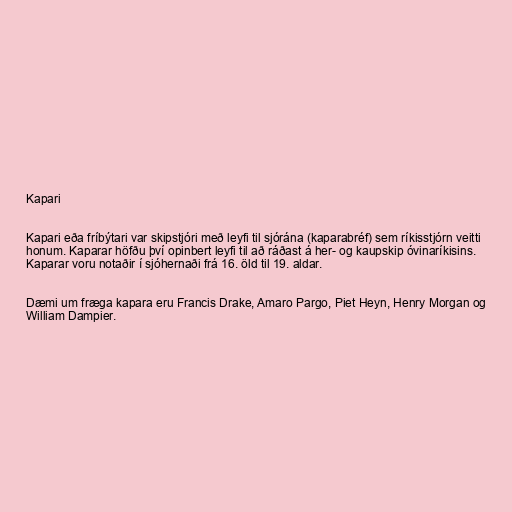
Kapari

Kapari eða fríbýtari var skipstjóri með leyfi til sjórána (kaparabréf) sem ríkisstjórn veitti
honum. Kaparar höfðu því opinbert leyfi til að ráðast á her- og kaupskip óvinaríkisins.
Kaparar voru notaðir í sjóhernaði frá 16. öld til 19. aldar.

Dæmi um fræga kapara eru Francis Drake, Amaro Pargo, Piet Heyn, Henry Morgan og
William Dampier.